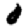
Digit: 0